Report on the working of the Ranchi Indian Mental Hospital, Kanke, in Bihar and Orissa - 1930-1940
Year: 1930
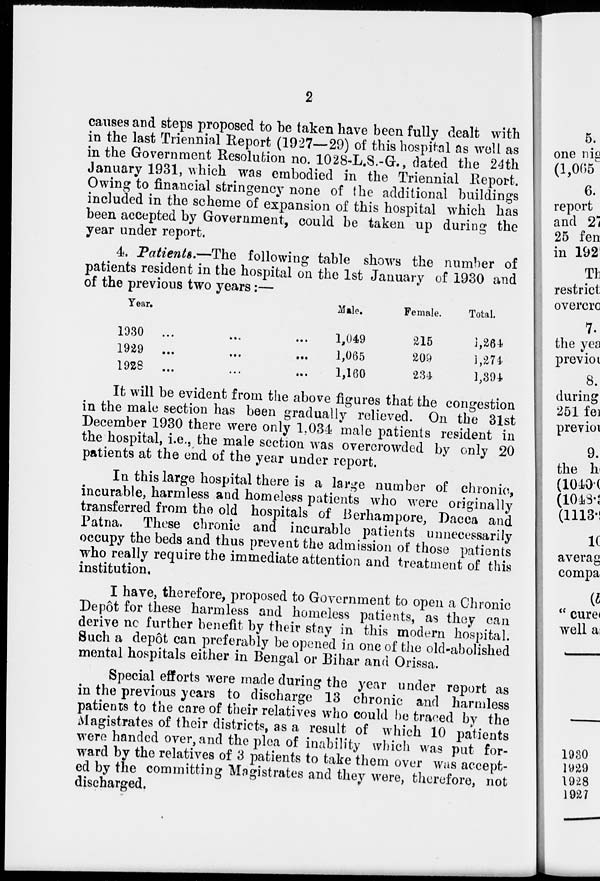
2
causes and steps proposed to be taken have been fully dealt with
in the last Triennial Report (1927—29) of this hospital as well as
in the Government Resolution no. 1028-L.S.-G., dated the 24th
January 1931, which was embodied in the Triennial Report.
Owing to financial stringency none of the additional buildings
included in the scheme of expansion of this hospital which has
been accepted by Government, could be taken up during the
year under report.
4. Patients.—The
following table shows the number of
patients resident in the hospital on the 1st January of 1930 and
of the previous two years:—
Year.
1930
...
...
...
1929
...
...
...
1928
...
...
...
Male.
1,049
1,065
1,160
Female.
215
209
234
Total.
1,264
1,274
1,394.
It will be evident from the above figures that the congestion
in the male section has been gradually relieved. On the 31st
December 1930 there were only 1,034 male patients resident in
the hospital, i.e., the male section was overcrowded by only 20
patients at the end of the year under report.
In this large hospital there is a large number of chronic,
incurable, harmless and homeless patients who were originally
transferred from the old hospitals of Berhampore, Dacca and
Patna. These chronic and incurable patients unnecessarily
occupy the beds and thus prevent the admission of those patients
who really require the immediate attention and treatment of this
institution.
I have, therefore, proposed to Government to open a Chronic
Depôt for these harmless and homeless patients, as they can
derive no further benefit by their stay in this modern hospital.
Such a depôt can preferably be opened in one of the old-abolished
mental hospitals either in Bengal or Bihar and Orissa.
Special efforts were made during the year under report as
in the previous years to discharge 13 chronic and harmless
patients to the care of their relatives who could be traced by the
Magistrates of their districts, as a result of which 10 patients
were handed over, and the plea of inability which was put for-
ward by the relatives of 3 patients to take them over was accept-
ed by the committing Magistrates and they were, therefore, not
discharged.